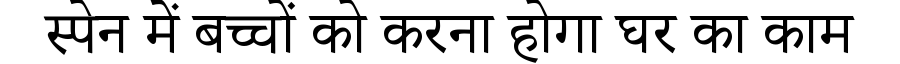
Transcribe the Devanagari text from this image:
स्पेन में बच्चों को करना होगा घर का काम